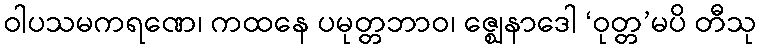
ဝါပသမကရဏေ၊ ကထနေ ပမုတ္တဘာဝ၊ ဇ္ဈေနာဒေါ ‘ဝုတ္တ’မပိ တီသု